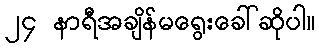
၂၄ နာရီအချိန်မရွေးခေါ်ဆိုပါ။